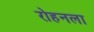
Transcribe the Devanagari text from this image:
रोहनला